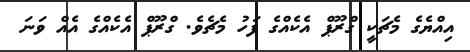
އިއްޔެގެ މެޗަކީ ގްރޫޕް އެކެއްގެ ފަހު މެޗެވެ. ގްރޫޕް އެކެއްގެ އެއް ވަނަ